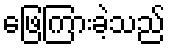
ဖြေကြားခဲ့သည်